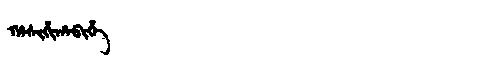
Manchu: ᡥᠠᠰᡳᡥᡳᡥᠠᠪᡳᡥᡝ
Romanization: HASIHIHABIHE